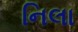
નિલા